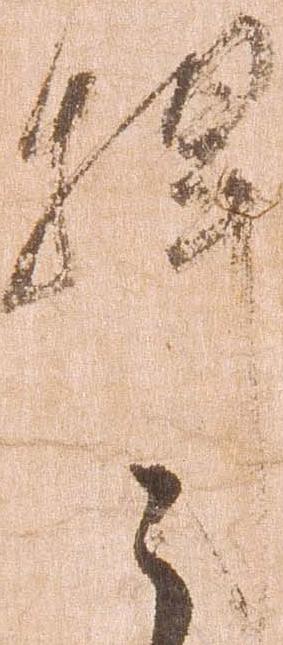
捍